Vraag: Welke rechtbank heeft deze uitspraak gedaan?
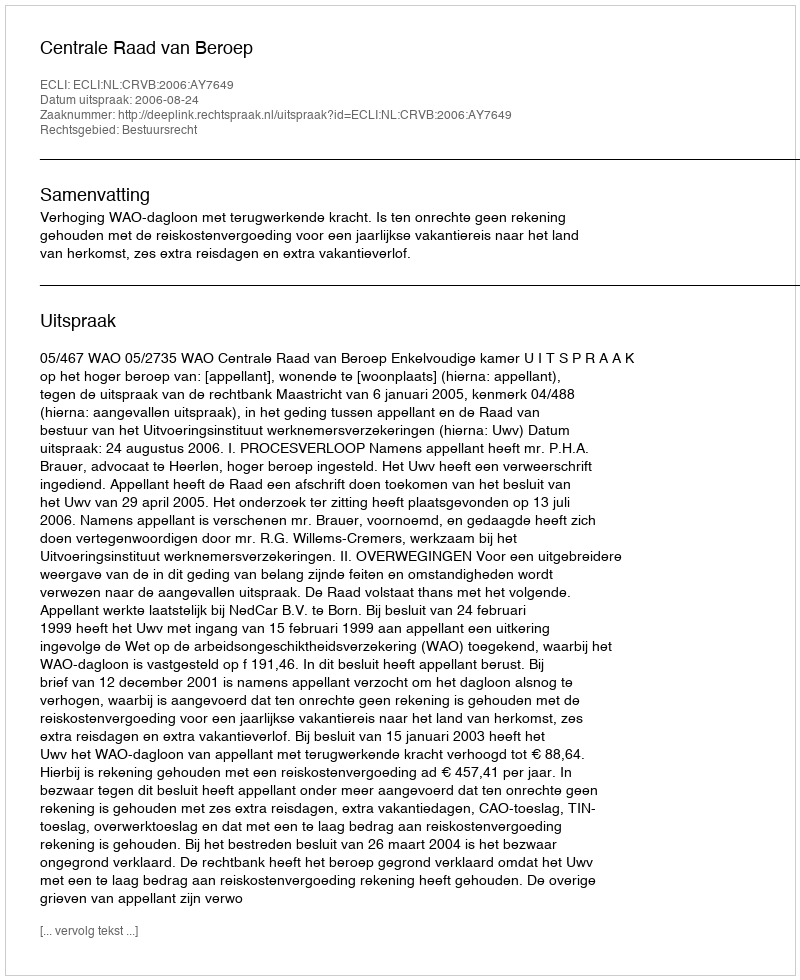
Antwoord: Centrale Raad van Beroep